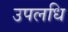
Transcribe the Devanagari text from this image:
उपलधि